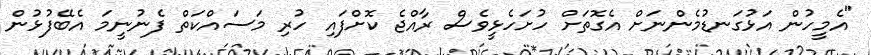
"އެމީހުން އަޅުގަނޑުމެންނަށް އެގޮތަށް ހުށަހެޅީވެސް ރާއްޖެ ކޮށްފައި ހުރި މަސައްކަތް ފެނުނީމަ އެބޭފުޅުން